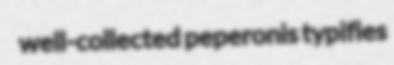
well-collected peperonis typifies